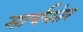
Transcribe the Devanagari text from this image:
मार्चनंतर